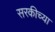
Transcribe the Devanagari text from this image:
सरकीच्या